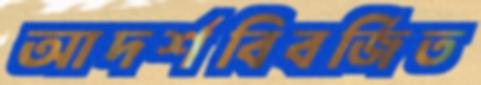
আদর্শবিবর্জিত